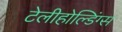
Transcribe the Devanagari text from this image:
टेलीहोल्डिंग्स